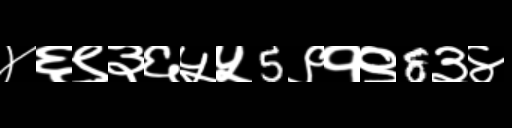
Text: ४६९३६५५5९१९8३४